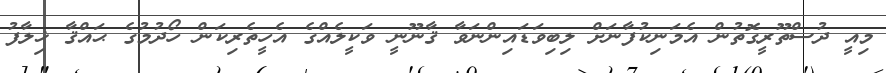
މިއީ ދުސްތޫރީގޮތުން އެމަނިކުފާނަށް ލިބިވަޑައިންނަވާ ޤާނޫނީ ވަކީލެއްގެ އެހީތެރިކަން ހޯދުމުގެ ޙައްޤާ ޚިލާފު